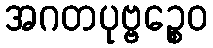
အဂတပုဗ္ဗဉ္စေဝ